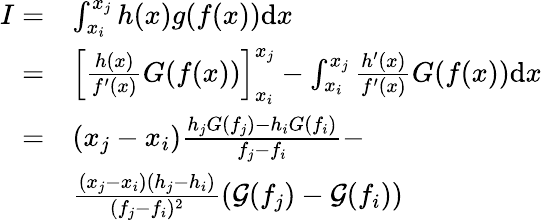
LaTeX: \begin{array}{rl}{I=}&{\int_{x_{i}}^{x_{j}}h(x)g(f(x))\mathrm{d}x}\\ {=}&{\left[\frac{h(x)}{f^{\prime}(x)}G(f(x))\right]_{x_{i}}^{x_{j}}-\int_{x_{i}}^{x_{j}}\frac{h^{\prime}(x)}{f^{\prime}(x)}G(f(x))\mathrm{d}x}\\ {=}&{(x_{j}-x_{i})\frac{h_{j}G(f_{j})-h_{i}G(f_{i})}{f_{j}-f_{i}}-}\\ &{\frac{(x_{j}-x_{i})(h_{j}-h_{i})}{(f_{j}-f_{i})^{2}}\left(\mathcal{G}(f_{j})-\mathcal{G}(f_{i})\right)}\end{array}